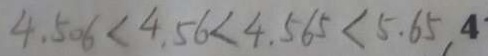
4 . 5 0 6 < 4 . 5 6 < 4 . 5 6 5 < 5 . 6 5 4